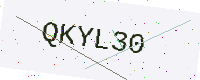
Text: QKYL30